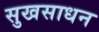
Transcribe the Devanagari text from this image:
सुखसाधन